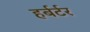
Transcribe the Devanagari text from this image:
हर्बर्टर